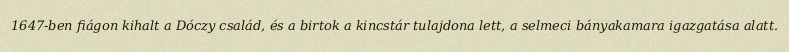
1647-ben fiágon kihalt a Dóczy család, és a birtok a kincstár tulajdona lett, a selmeci bányakamara igazgatása alatt.